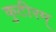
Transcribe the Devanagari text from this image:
कुटीरम्